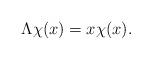
LaTeX: \begin{align*}\Lambda\chi(x)=x\chi(x).\end{align*}